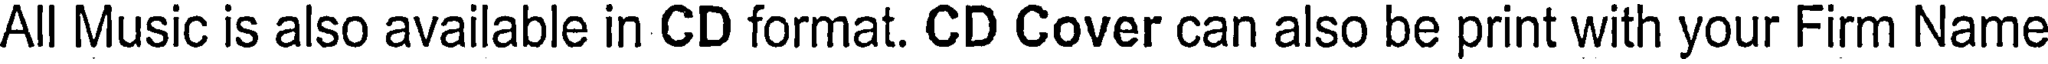
All Music is also available in CD format. CD Cover can also be print with your Firm Name